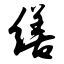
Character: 缮